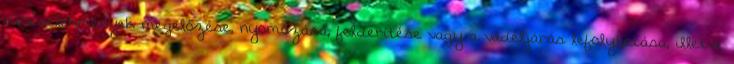
bűncselekmények megelőzése, nyomozása, felderítése vagy a vádeljárás lefolytatása, illetve